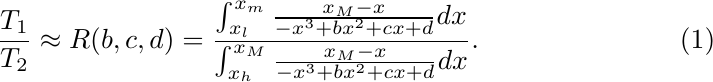
\begin{equation}
    \frac{T_1}{T_2} \approx R(b,c,d)=\frac{\int_{x_l}^{x_m}\frac{x_M-x}{-x^3+bx^2+cx+d}dx}{\int_{x_h}^{x_M}\frac{x_M-x}{-x^3+bx^2+cx+d}dx}.
\end{equation}